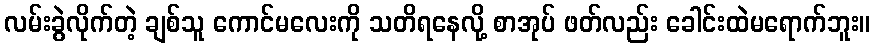
လမ်းခွဲလိုက်တဲ့ ချစ်သူ ကောင်မလေးကို သတိရနေလို့ စာအုပ် ဖတ်လည်း ခေါင်းထဲမရောက်ဘူး။